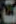
ت